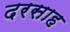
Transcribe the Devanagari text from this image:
दरसाह